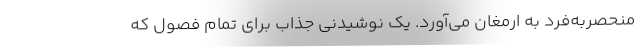
منحصر‌به‌فرد به ارمغان می‌آورد. یک نوشیدنی جذاب برای تمام فصول که